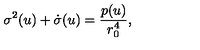
\sigma ^ { 2 } ( u ) + \dot { \sigma } ( u ) = \frac { p ( u ) } { r _ { 0 } ^ { 4 } } ,